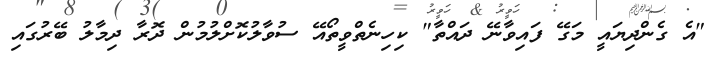
"އެ ގެންދިޔައީ މަގޭ ފައިވާނޭ ދައްތާ" ކިހިނެތްވީތޯއޭ ސުވާލުކޮށްލުމުން ދޮރާ ދިމާލު ބޭރުގައި